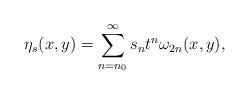
LaTeX: \begin{align*}\eta_s(x,y)=\sum_{n=n_0}^\infty s_nt^n\omega_{2n}(x,y),\end{align*}